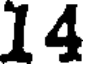
14